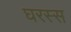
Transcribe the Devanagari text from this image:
घरस्स